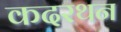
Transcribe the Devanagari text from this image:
कदरथन